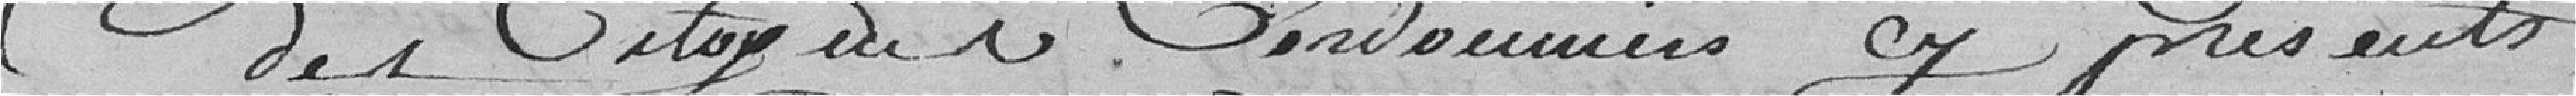
des Citoyens Cordonniers cy présents